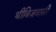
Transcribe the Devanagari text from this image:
थीबिज़वासी